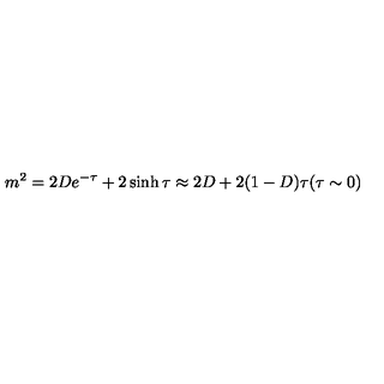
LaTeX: m ^ { 2 } = 2 D e ^ { - \tau } + 2 \sinh \tau \approx 2 D + 2 ( 1 - D ) \tau ( \tau \sim 0 )